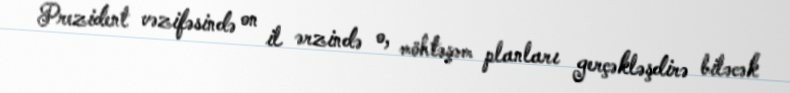
Prezident vəzifəsində on il ərzində o, möhtəşəm planları gerçəkləşdirə biləcək